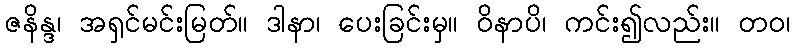
ဇနိန္ဒ၊ အရှင်မင်းမြတ်။ ဒါနာ၊ ပေးခြင်းမှ။ ဝိနာပိ၊ ကင်း၍လည်း။ တဝ၊